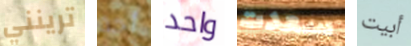
ترينني أحد واحد سعدت أبيت